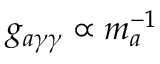
g _ { a \gamma \gamma } \propto m _ { a } ^ { - 1 }